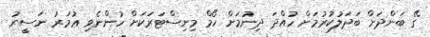
ގޭ ބަންދަށް ބަދަލުކުރުމަށް ހުއްދަ ދިނުމަށް ހޯމް މިނިސްޓަރަކަށް ހުންނެވި ޢުމަރު ނަސީރު